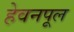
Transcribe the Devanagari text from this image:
हेवनपूल